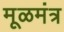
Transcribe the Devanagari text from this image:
मूळमंत्र